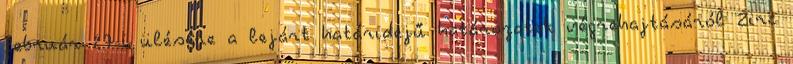
február 27-i ülésére a lejárt határidejű határozatok végrehajtásáról Zirc